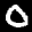
Label: 0